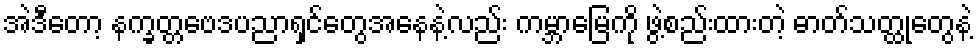
အဲဒီတော့ နက္ခတ္တဗေဒပညာရှင်တွေအနေနဲ့လည်း ကမ္ဘာမြေကို ဖွဲ့စည်းထားတဲ့ ဓာတ်သတ္ထုတွေနဲ့